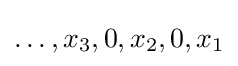
\dots ,x_{3},0,x_{2},0,x_{1}